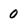
Character: 0